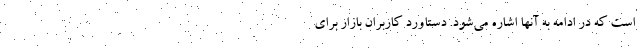
است که در ادامه به آنها اشاره می‌شود. دستاورد کاربران بازار برای